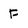
Character: F